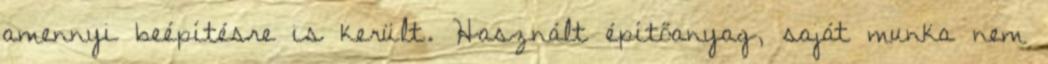
amennyi beépítésre is került. Használt építőanyag, saját munka nem